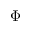
\Phi